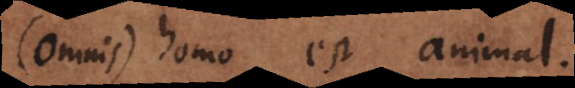
(omnis) homo est animal,